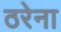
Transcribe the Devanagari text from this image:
ठरेना